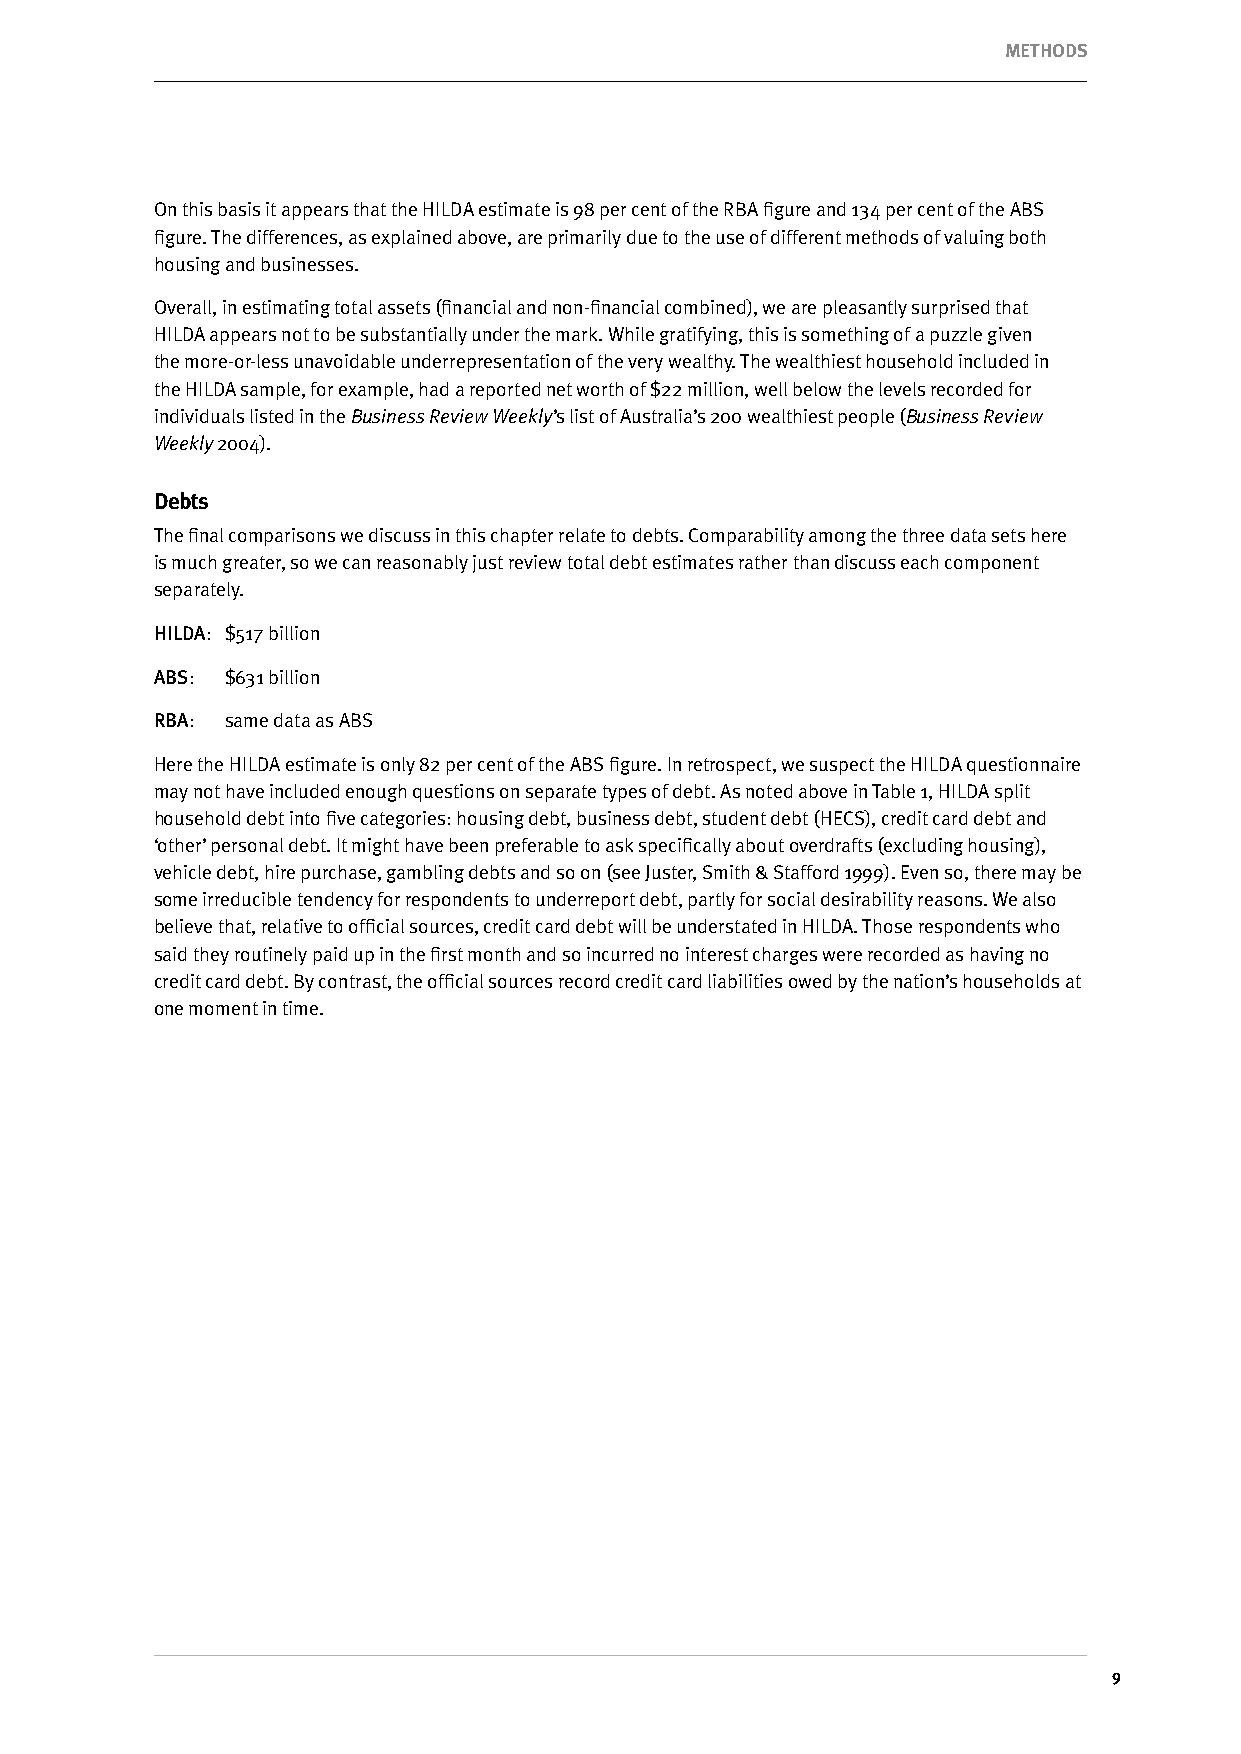
METHODS
 On this basis it appears that the HILDA estimate is 98 per cent of the RBA figure and 134 per cent of the ABS
 figure. The differences, as explained above, are primarily due to the use of different methods of valuing both
 housing and businesses.
 Overall, in estimating total assets (financial and non-financial combined), we are pleasantly surprised that
 HILDA appears not to be substantially under the mark. While gratifying, this is something of a puzzle given
 the more-or-less unavoidable underrepresentation of the very wealthy. The wealthiest household included in
 the HILDA sample, for example, had a reported net worth of $22 million, well below the levels recorded for
 individuals listed in the Business Review Weekly’s list of Australia’s 200 wealthiest people (Business Review
 Weekly 2004).
 Debts
 The final comparisons we discuss in this chapter relate to debts. Comparability among the three data sets here
 is much greater, so we can reasonably just review total debt estimates rather than discuss each component
 separately.
 HILDA: $517 billion
 ABS: $631 billion
 RBA: same data as ABS
 Here the HILDA estimate is only 82 per cent of the ABS figure. In retrospect, we suspect the HILDA questionnaire
 may not have included enough questions on separate types of debt. As noted above in Table 1, HILDA split
 household debt into five categories: housing debt, business debt, student debt (HECS), credit card debt and
 ‘other’ personal debt. It might have been preferable to ask specifically about overdrafts (excluding housing),
 vehicle debt, hire purchase, gambling debts and so on (see Juster, Smith & Stafford 1999). Even so, there may be
 some irreducible tendency for respondents to underreport debt, partly for social desirability reasons. We also
 believe that, relative to official sources, credit card debt will be understated in HILDA. Those respondents who
 said they routinely paid up in the first month and so incurred no interest charges were recorded as having no
 credit card debt. By contrast, the official sources record credit card liabilities owed by the nation’s households at
 one moment in time.
 